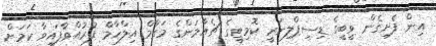
އިން ފެށިގެން ވީބީގެ ޑިސިޕްލިނަރީ ކޮމިޓީގެ ޗެއާމަންގެ މަގާމް އިލްހާމް ފުރުއްވާފައިވާ ކަމަށް